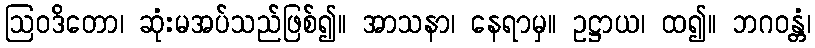
ဩဝဒိတော၊ ဆုံးမအပ်သည်ဖြစ်၍။ အာသနာ၊ နေရာမှ။ ဥဋ္ဌာယ၊ ထ၍။ ဘဂဝန္တံ၊